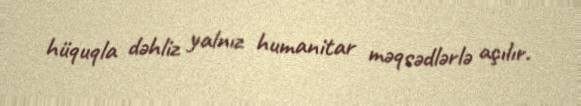
hüquqla dəhliz yalnız humanitar məqsədlərlə açılır.